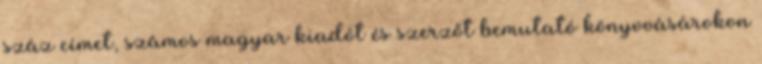
száz címet, számos magyar kiadót és szerzőt bemutató könyvvásárokon